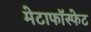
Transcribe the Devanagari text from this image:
मेटाफॉस्फेट